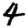
Digit: 4